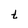
Character: t